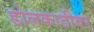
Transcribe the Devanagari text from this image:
डोलकाठीवर